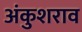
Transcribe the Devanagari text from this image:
अंकुशराव